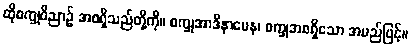
ထိုစက္ခုဝိညာဉ် အစရှိသည်တို့ကို။ စက္ခုအာဒိနာမေန၊ စက္ခုအစရှိသော အမည်ဖြင့်။